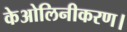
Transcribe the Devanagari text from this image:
केओलिनीकरण।